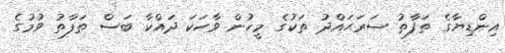
އިންޑިޔާގެ ތަފާތު ސަރަޙައްދު ތަކުގެ މީހުން ވާހަކަ ދައްކާ ބަސް ތަފާތު ވުމުގެ